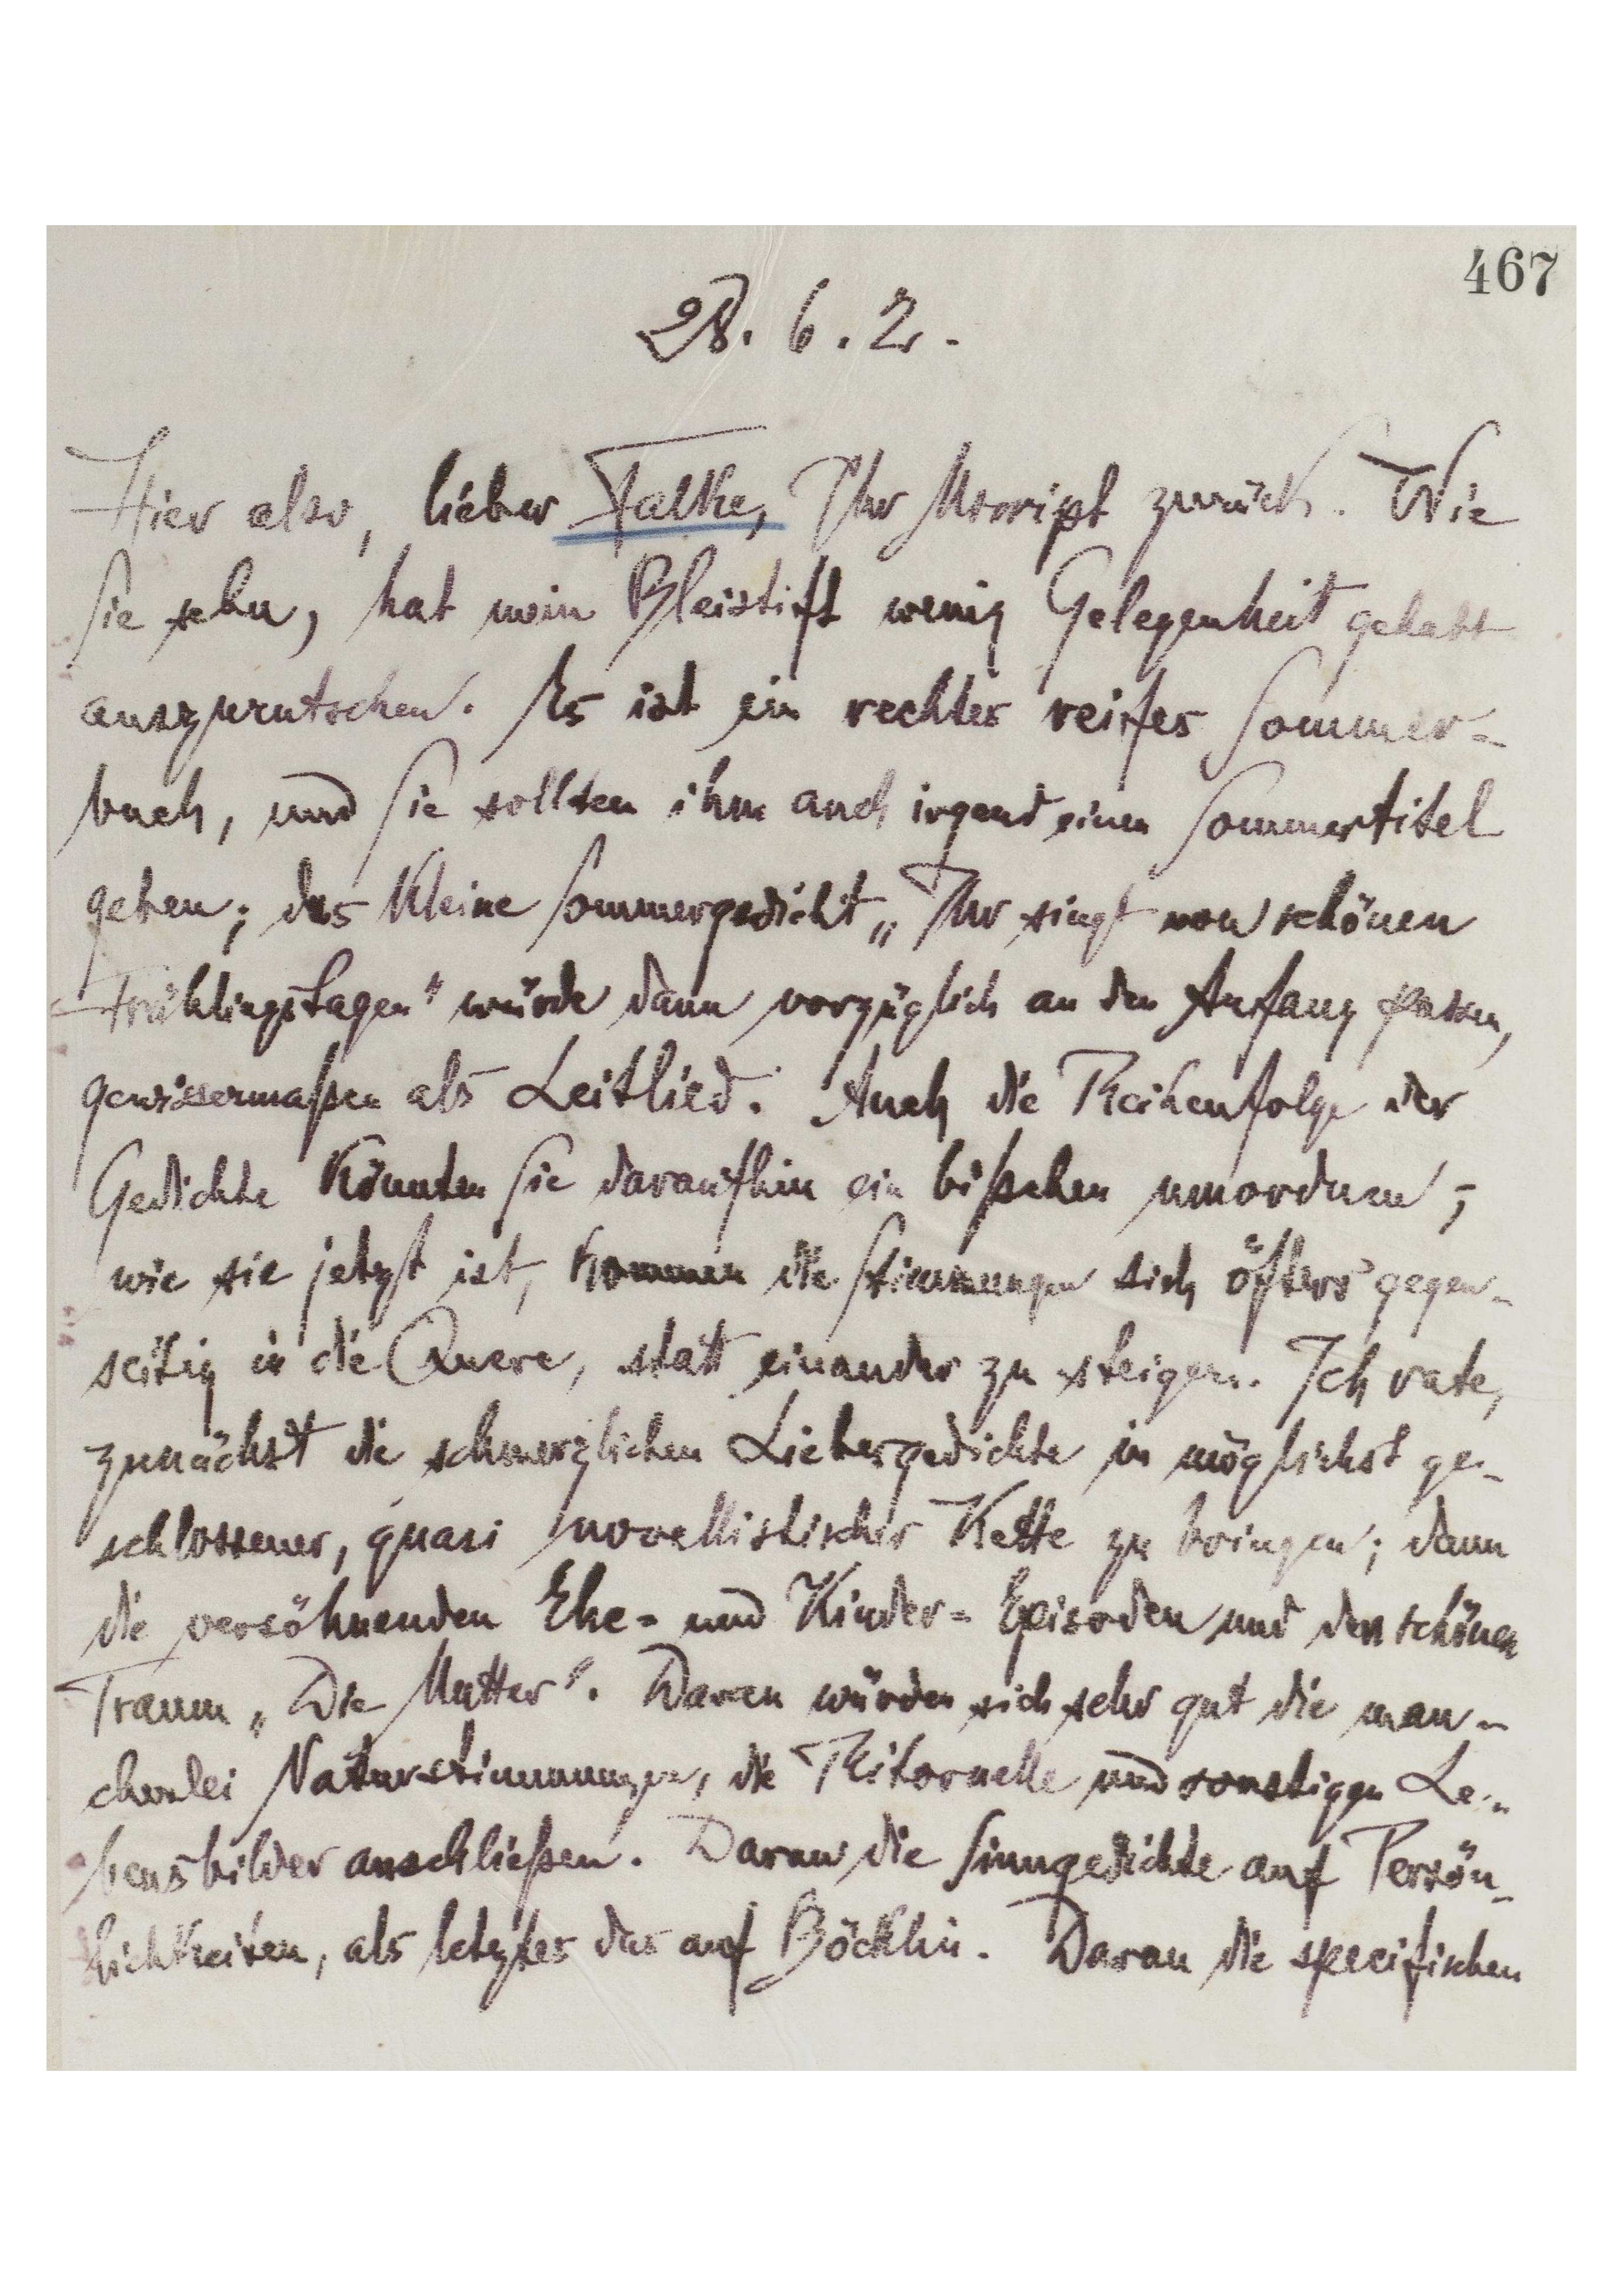
467
28.6.2.
Hier also, lieber Falke, Ihr Mscript zurück. Wie
Sie sehen, hat mein Bleistift wenig Gelegenheit gehabt
auszurutschen. Es ist ein rechtes reifes Sommer-
buch, und Sie sollten ihm auch irgend einen Sommertitel
geben; das kleine Sommergedicht "Ihr singt von schönen
Frühlingstagen" würde dann vorzüglich an den Anfang passen,
gewissermaßen als Leitlied. Auch die Reihenfolge der
Gedichte könnten Sie daraufhin ein bißchen umordnen;
wie sie jetzt ist, kommen die Stimmungen sich öfters gegen-
seitig in die QUere, statt einander zu steigern. Ich rate,
zunächst die schmerzlichen Liebesgedichte in möglichst ge-
schlossener, quasi novellistischer Kette zu bringen; dann
die versöhnenden Ehe= und Kinder=Episoden und den schönen
Traum "Die Mutter". Daran würden sich sehr gut die man-
cherlei Naturstimmungen, die Ritornelle und sonstigen Le-
bensbilder anschließen. Daran die Sinngedichte auf Persön-
lichkeiten, als letztes das auf Böcklin. Daran die specifischen